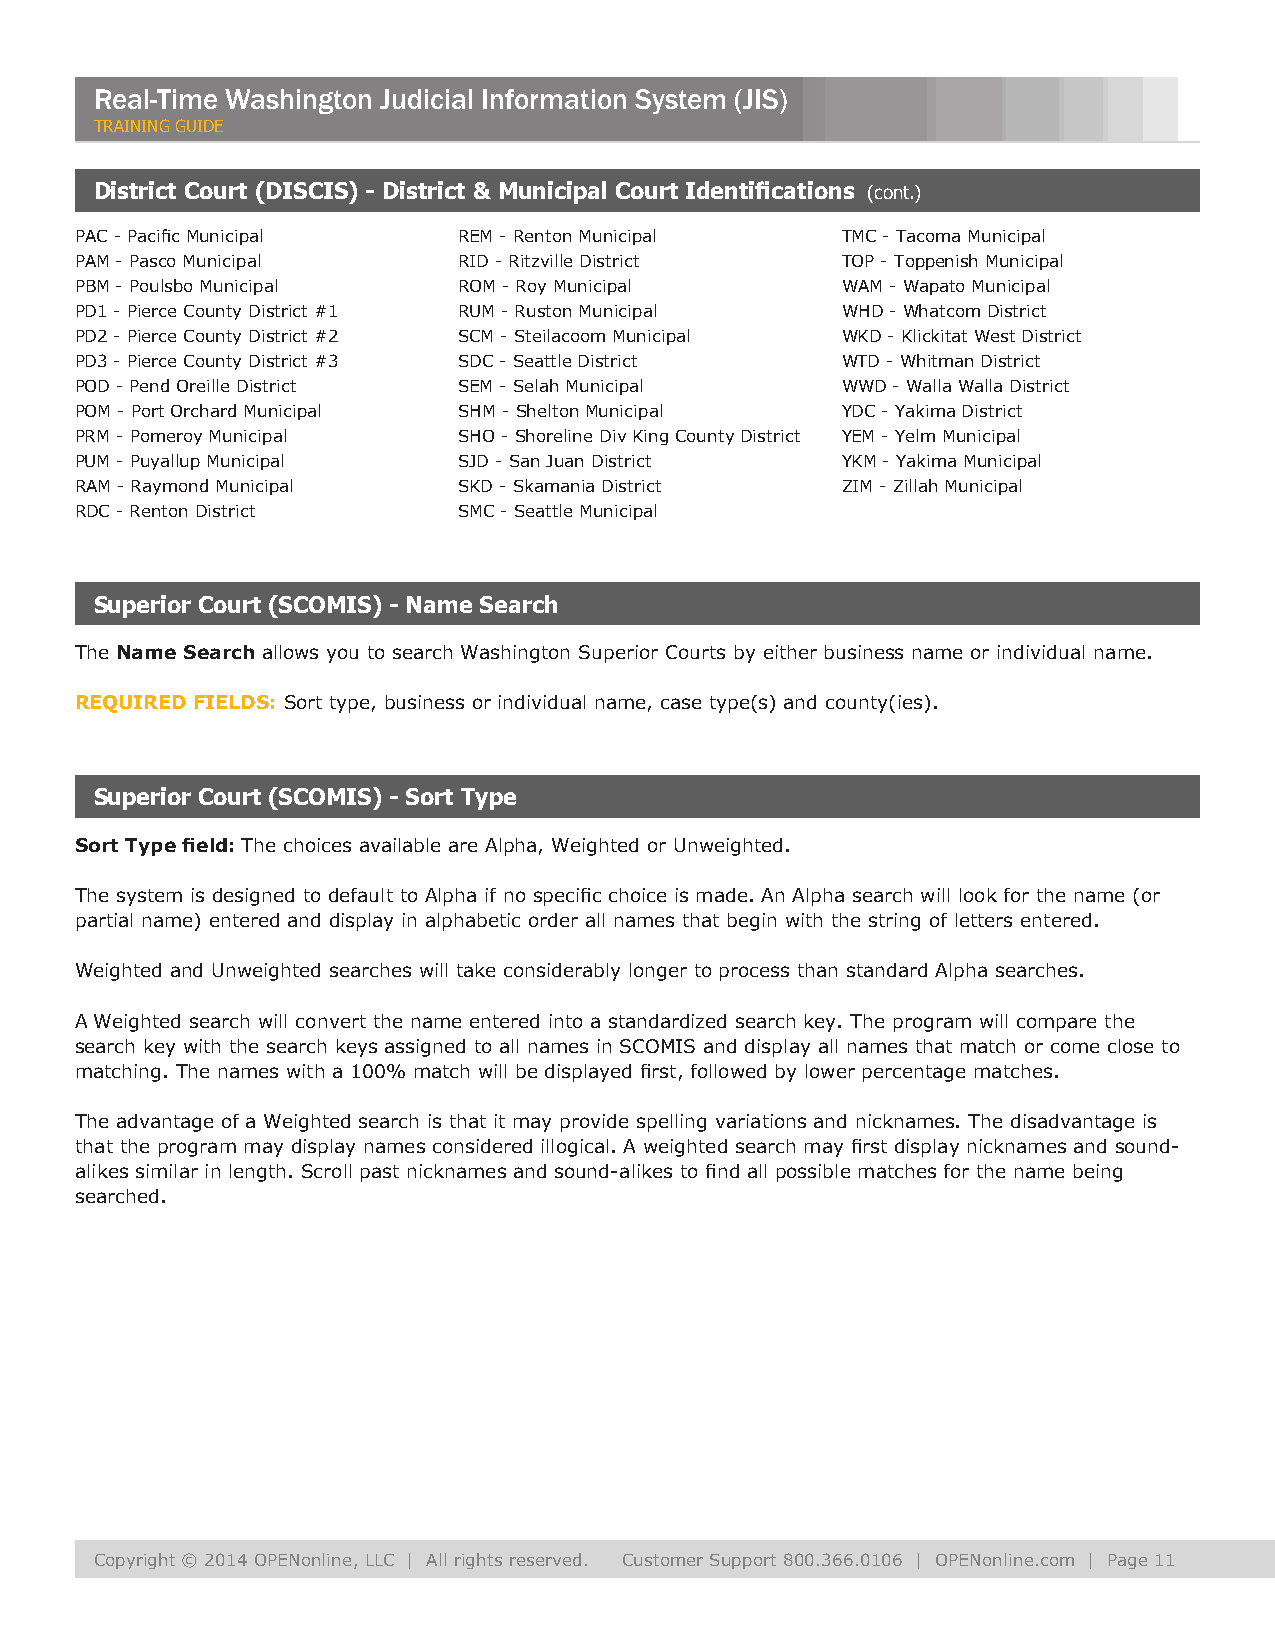
Real-Time Washington Judicial Information System (JIS)
 TRAINING GUIDE
 District Court (DISCIS) - District & Municipal Court Identifications (cont.)
 PAC - Pacific Municipal  REM - Renton Municipal    TMC - Tacoma Municipal
 PAM - Pasco Municipal    RID - Ritzville District  TOP - Toppenish Municipal
 PBM - Poulsbo Municipal  ROM - Roy Municipal       WAM - Wapato Municipal
 PD1 - Pierce County District #1 RUM - Ruston Municipal WHD - Whatcom District
 PD2 - Pierce County District #2 SCM - Steilacoom Municipal WKD - Klickitat West District
 PD3 - Pierce County District #3 SDC - Seattle District WTD - Whitman District
 POD - Pend Oreille District SEM - Selah Municipal  WWD - Walla Walla District
 POM - Port Orchard Municipal SHM - Shelton Municipal YDC - Yakima District
 PRM - Pomeroy Municipal  SHO - Shoreline Div King County District YEM - Yelm Municipal
 PUM - Puyallup Municipal SJD - San Juan District   YKM - Yakima Municipal
 RAM - Raymond Municipal  SKD - Skamania District   ZIM - Zillah Municipal
 RDC - Renton District    SMC - Seattle Municipal
 Superior Court (SCOMIS) - Name Search
 The Name Search allows you to search Washington Superior Courts by either business name or individual name.
 REQUIRED FIELDS: Sort type, business or individual name, case type(s) and county(ies).
 Superior Court (SCOMIS) - Sort Type
 Sort Type field: The choices available are Alpha, Weighted or Unweighted.
 The system is designed to default to Alpha if no specific choice is made. An Alpha search will look for the name (or
 partial name) entered and display in alphabetic order all names that begin with the string of letters entered.
 Weighted and Unweighted searches will take considerably longer to process than standard Alpha searches.
 A Weighted search will convert the name entered into a standardized search key. The program will compare the
 search key with the search keys assigned to all names in SCOMIS and display all names that match or come close to
 matching. The names with a 100% match will be displayed first, followed by lower percentage matches.
 The advantage of a Weighted search is that it may provide spelling variations and nicknames. The disadvantage is
 that the program may display names considered illogical. A weighted search may first display nicknames and sound-
 alikes similar in length. Scroll past nicknames and sound-alikes to find all possible matches for the name being
 searched.
 Copyright © 2014 OPENonline, LLC | All rights reserved. Customer Support 800.366.0106 | OPENonline.com | Page 11